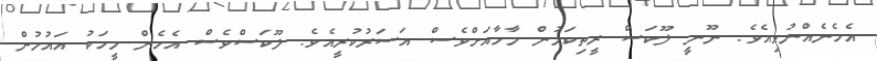
އެހެނެއްނުވިއެވެ. ނޫނީ ލޫކަސް ރީތިކަމުން މާހާއަށްވެސް އަސަރުކުރީއެވެ. ލޫކަސްވެސް އެހެން މީހަކު އައުމުން